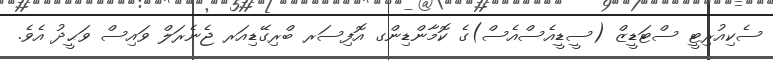
ސެކިއުރިޓީ ސްޓަޑީޒް (ސީޑީއެސްއެސް)ގެ ކޮމާންޑިންގ އޮފިސަރ ބްރިގޭޑިއަރ ޖެނެރަލް ވައިސް ވަޙީދު އެވެ.